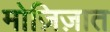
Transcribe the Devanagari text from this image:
मोज़िज़ात